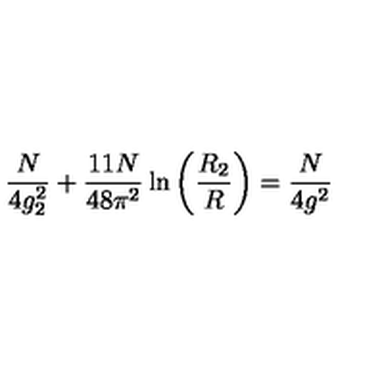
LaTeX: \frac { N } { 4 g _ { 2 } ^ { 2 } } + \frac { 1 1 N } { 4 8 \pi ^ { 2 } } \ln \left( \frac { R _ { 2 } } { R } \right) = \frac { N } { 4 g ^ { 2 } }